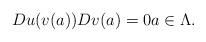
LaTeX: \begin{align*}Du(v(a))Dv(a)=0a\in\Lambda.\end{align*}